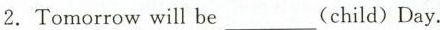
2.Tomorrow will bes ___(child) Day.